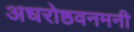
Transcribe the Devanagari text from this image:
अधरोष्ठवनमनी